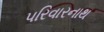
પરિવારનાથ